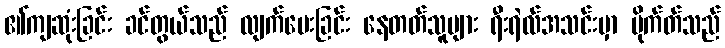
၏ကျဆုံးခြင်း ခင်တွယ်သည် လျက်ပေးခြင်း နေတတ်သူများ ရီးရဲလ်အသင်းမှာ မိုက်တ်သည်